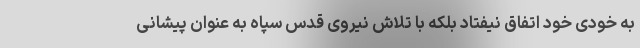
به خودی خود اتفاق نیفتاد بلکه با تلاش نیروی قدس سپاه به عنوان پیشانی